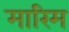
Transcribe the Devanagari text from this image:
मारिम